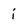
Character: i